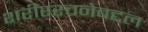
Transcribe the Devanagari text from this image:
शरीररचनेबद्दल